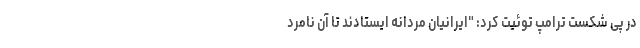
در پی شکست ترامپ توئيت كرد: "ایرانیان مردانه ایستادند تا آن نامرد